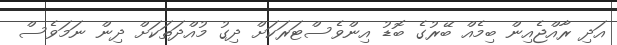
އަދި ރާއްޖެއިން ބިމެއް ބޭރުގެ ބޮޑު އިންވެސްޓަރަކަށް ދިގު މުއްދަތަކަށް ދިން ނަމަވެސް